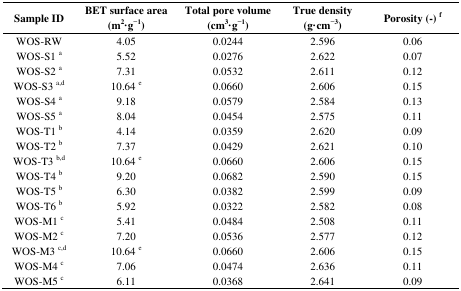
| Sample ID | BET surface area (m2·g−1) | Total pore volume (cm3·g−1) | True density (g·cm−3) | Porosity (-) f |
 | --- | --- | --- | --- | --- |
 | WOS-RW | 4.05 | 0.0244 | 2.596 | 0.06 |
 | WOS-S1 a | 5.52 | 0.0276 | 2.622 | 0.07 |
 | WOS-S2 a | 7.31 | 0.0532 | 2.611 | 0.12 |
 | WOS-S3 a,d | 10.64 e | 0.0660 | 2.606 | 0.15 |
 | WOS-S4 a | 9.18 | 0.0579 | 2.584 | 0.13 |
 | WOS-S5 a | 8.04 | 0.0454 | 2.575 | 0.11 |
 | WOS-T1 b | 4.14 | 0.0359 | 2.620 | 0.09 |
 | WOS-T2 b | 7.37 | 0.0429 | 2.621 | 0.10 |
 | WOS-T3 b,d | 10.64 e | 0.0660 | 2.606 | 0.15 |
 | WOS-T4 b | 9.20 | 0.0682 | 2.590 | 0.15 |
 | WOS-T5 b | 6.30 | 0.0382 | 2.599 | 0.09 |
 | WOS-T6 b | 5.92 | 0.0322 | 2.582 | 0.08 |
 | WOS-M1 c | 5.41 | 0.0484 | 2.508 | 0.11 |
 | WOS-M2 c | 7.20 | 0.0536 | 2.577 | 0.12 |
 | WOS-M3 c,d | 10.64 e | 0.0660 | 2.606 | 0.15 |
 | WOS-M4 c | 7.06 | 0.0474 | 2.636 | 0.11 |
 | WOS-M5 c | 6.11 | 0.0368 | 2.641 | 0.09 |